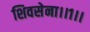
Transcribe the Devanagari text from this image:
शिवसेना।।१।।